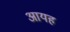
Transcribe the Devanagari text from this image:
आयह